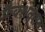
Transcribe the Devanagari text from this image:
फ्रैक्शनेशन